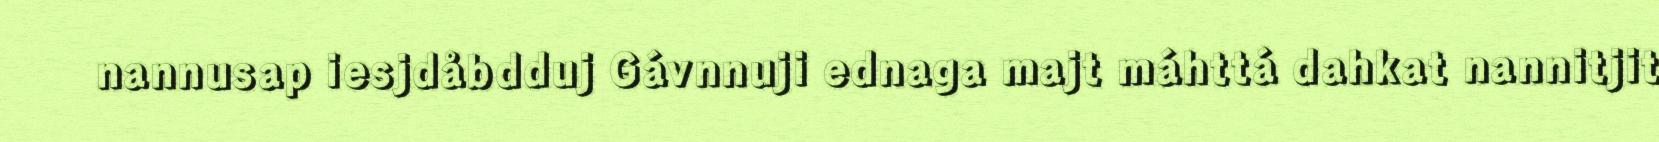
nannusap iesjdåbdduj Gávnnuji ednaga majt máhttá dahkat nannitjit